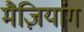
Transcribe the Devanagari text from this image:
मैज़ियांग